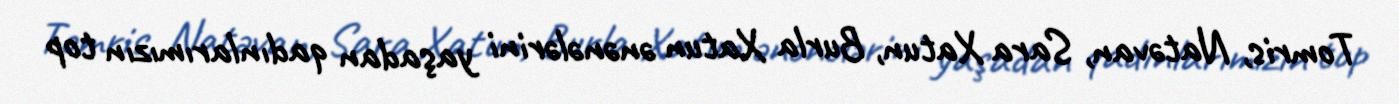
Tomris, Natəvan, Sara Xatun, Burla Xatun ənənələrini yaşadan qadınlarımızın top